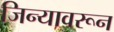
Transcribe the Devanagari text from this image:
जिन्यावरून